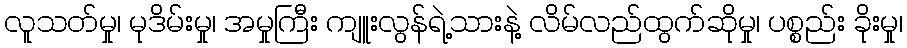
လူသတ်မှု၊ မုဒိမ်းမှု၊ အမှုကြီး ကျူးလွန်ရဲ့သားနဲ့ လိမ်လည်ထွက်ဆိုမှု၊ ပစ္စည်း ခိုးမှု၊